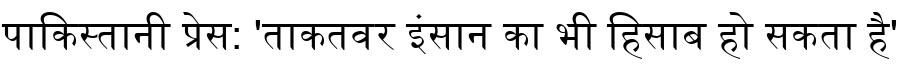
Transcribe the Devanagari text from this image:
पाकिस्तानी प्रेस: 'ताकतवर इंसान का भी हिसाब हो सकता है'